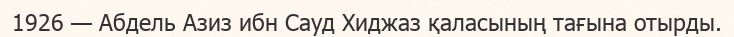
1926 — Абдель Азиз ибн Сауд Хиджаз қаласының тағына отырды.